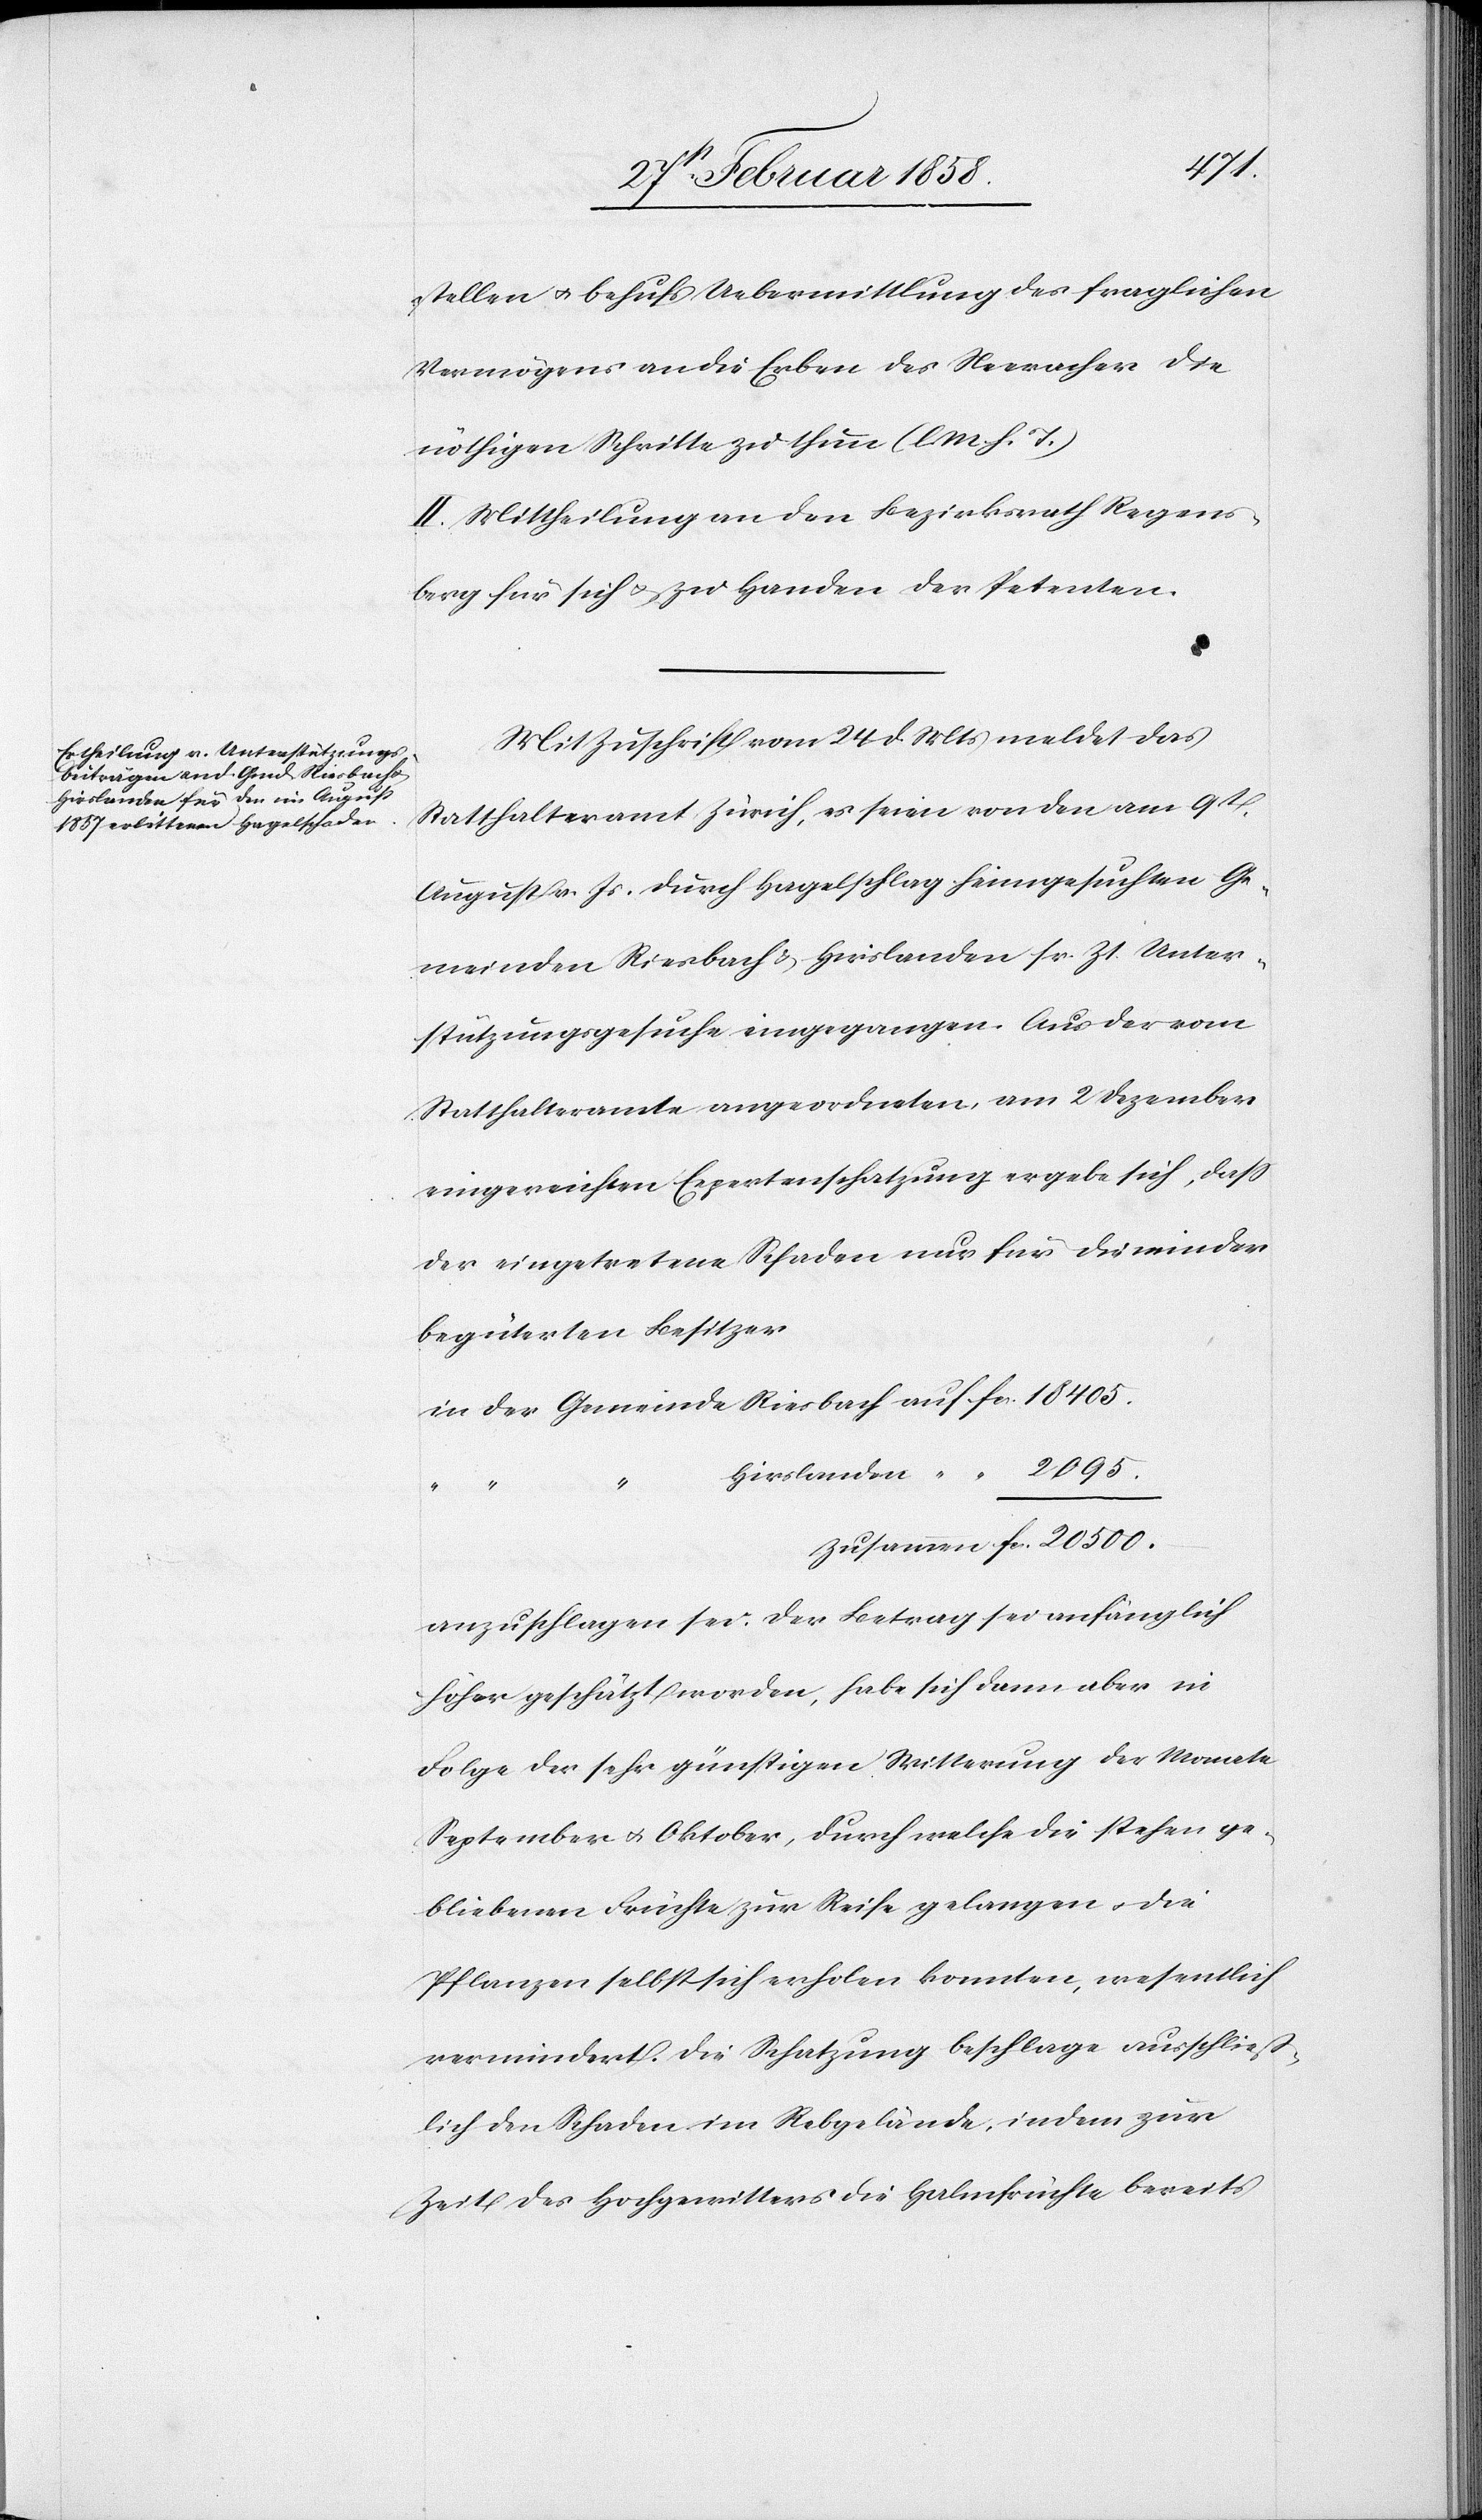
500.
stellen u. behufs Uebermittlung des fraglichen
Vermögens an die Erben des Neeracher die
nöthigen Schritte zu thun (l. M. v. h. T)
II. Mittheilung an den Bezirksrath Regens¬
berg für sich u. zu Handen der Petenten.
Mit Zuschrift vom 24 d Mts meldet das
Statthalteramt Zürich, es seien von den am 9t
August v. Js. durch Hagelschlag heimgesuchten Ge¬
meinden Riesbach u. Hirslanden sr. Zt. Unter¬
stützungsgesuche eingegangen. Aus der vom
Statthalteramte angeordneten, am 2 Dezember
eingereichten Expertenschatzung ergebe sich, daß
der eingetretene Schaden nur für die minder
begüterten Besitzer.
in der Gemeinde Riesbach auf 	fcs.	18 405.
Hirslanden “	 “	 2095.
anzuschlagen sei. Der Betrag sei anfänglich
höher geschätzt worden, habe sich dann aber in
Folge der sehr günstigen Witterung der Monate
September u. Oktober, durch welche die stehen ge¬
bliebenen Früchte zur Reife gelangen u. die
Pflanzen selbst sich erholen konnten, wesentlich
vermindert. Die Schatzung beschlage ausschließ¬
lich den Schaden im Rebgelände, indem zur
Zeit des Hochgewitters die Halmfrüchte bereits